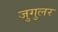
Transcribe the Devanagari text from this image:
जुगुलर